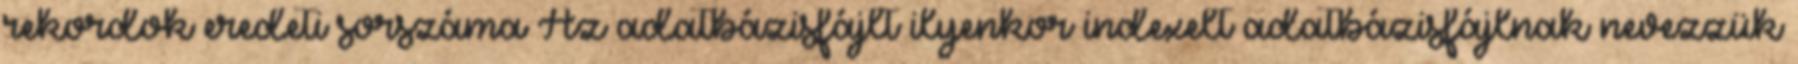
rekordok eredeti sorszáma Az adatbázisfájlt ilyenkor indexelt adatbázisfájlnak nevezzük